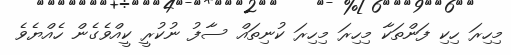
މިހިރަ ހިކި ފަންތަކާ މިހިރަ މިހިރަ ކުނިތައް ސާފު ނުކުރީ ކީއްވެގެން ހެއްޔެވެ